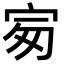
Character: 𡧴